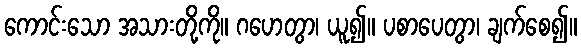
ကောင်းသော အသားတို့ကို။ ဂဟေတွာ၊ ယူ၍။ ပစာပေတွာ၊ ချက်စေ၍။